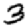
Digit: 3